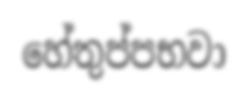
හේතුප්පභවා